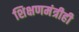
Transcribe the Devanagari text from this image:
शिक्षणमंत्रीही